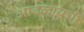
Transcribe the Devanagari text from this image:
आढळायची